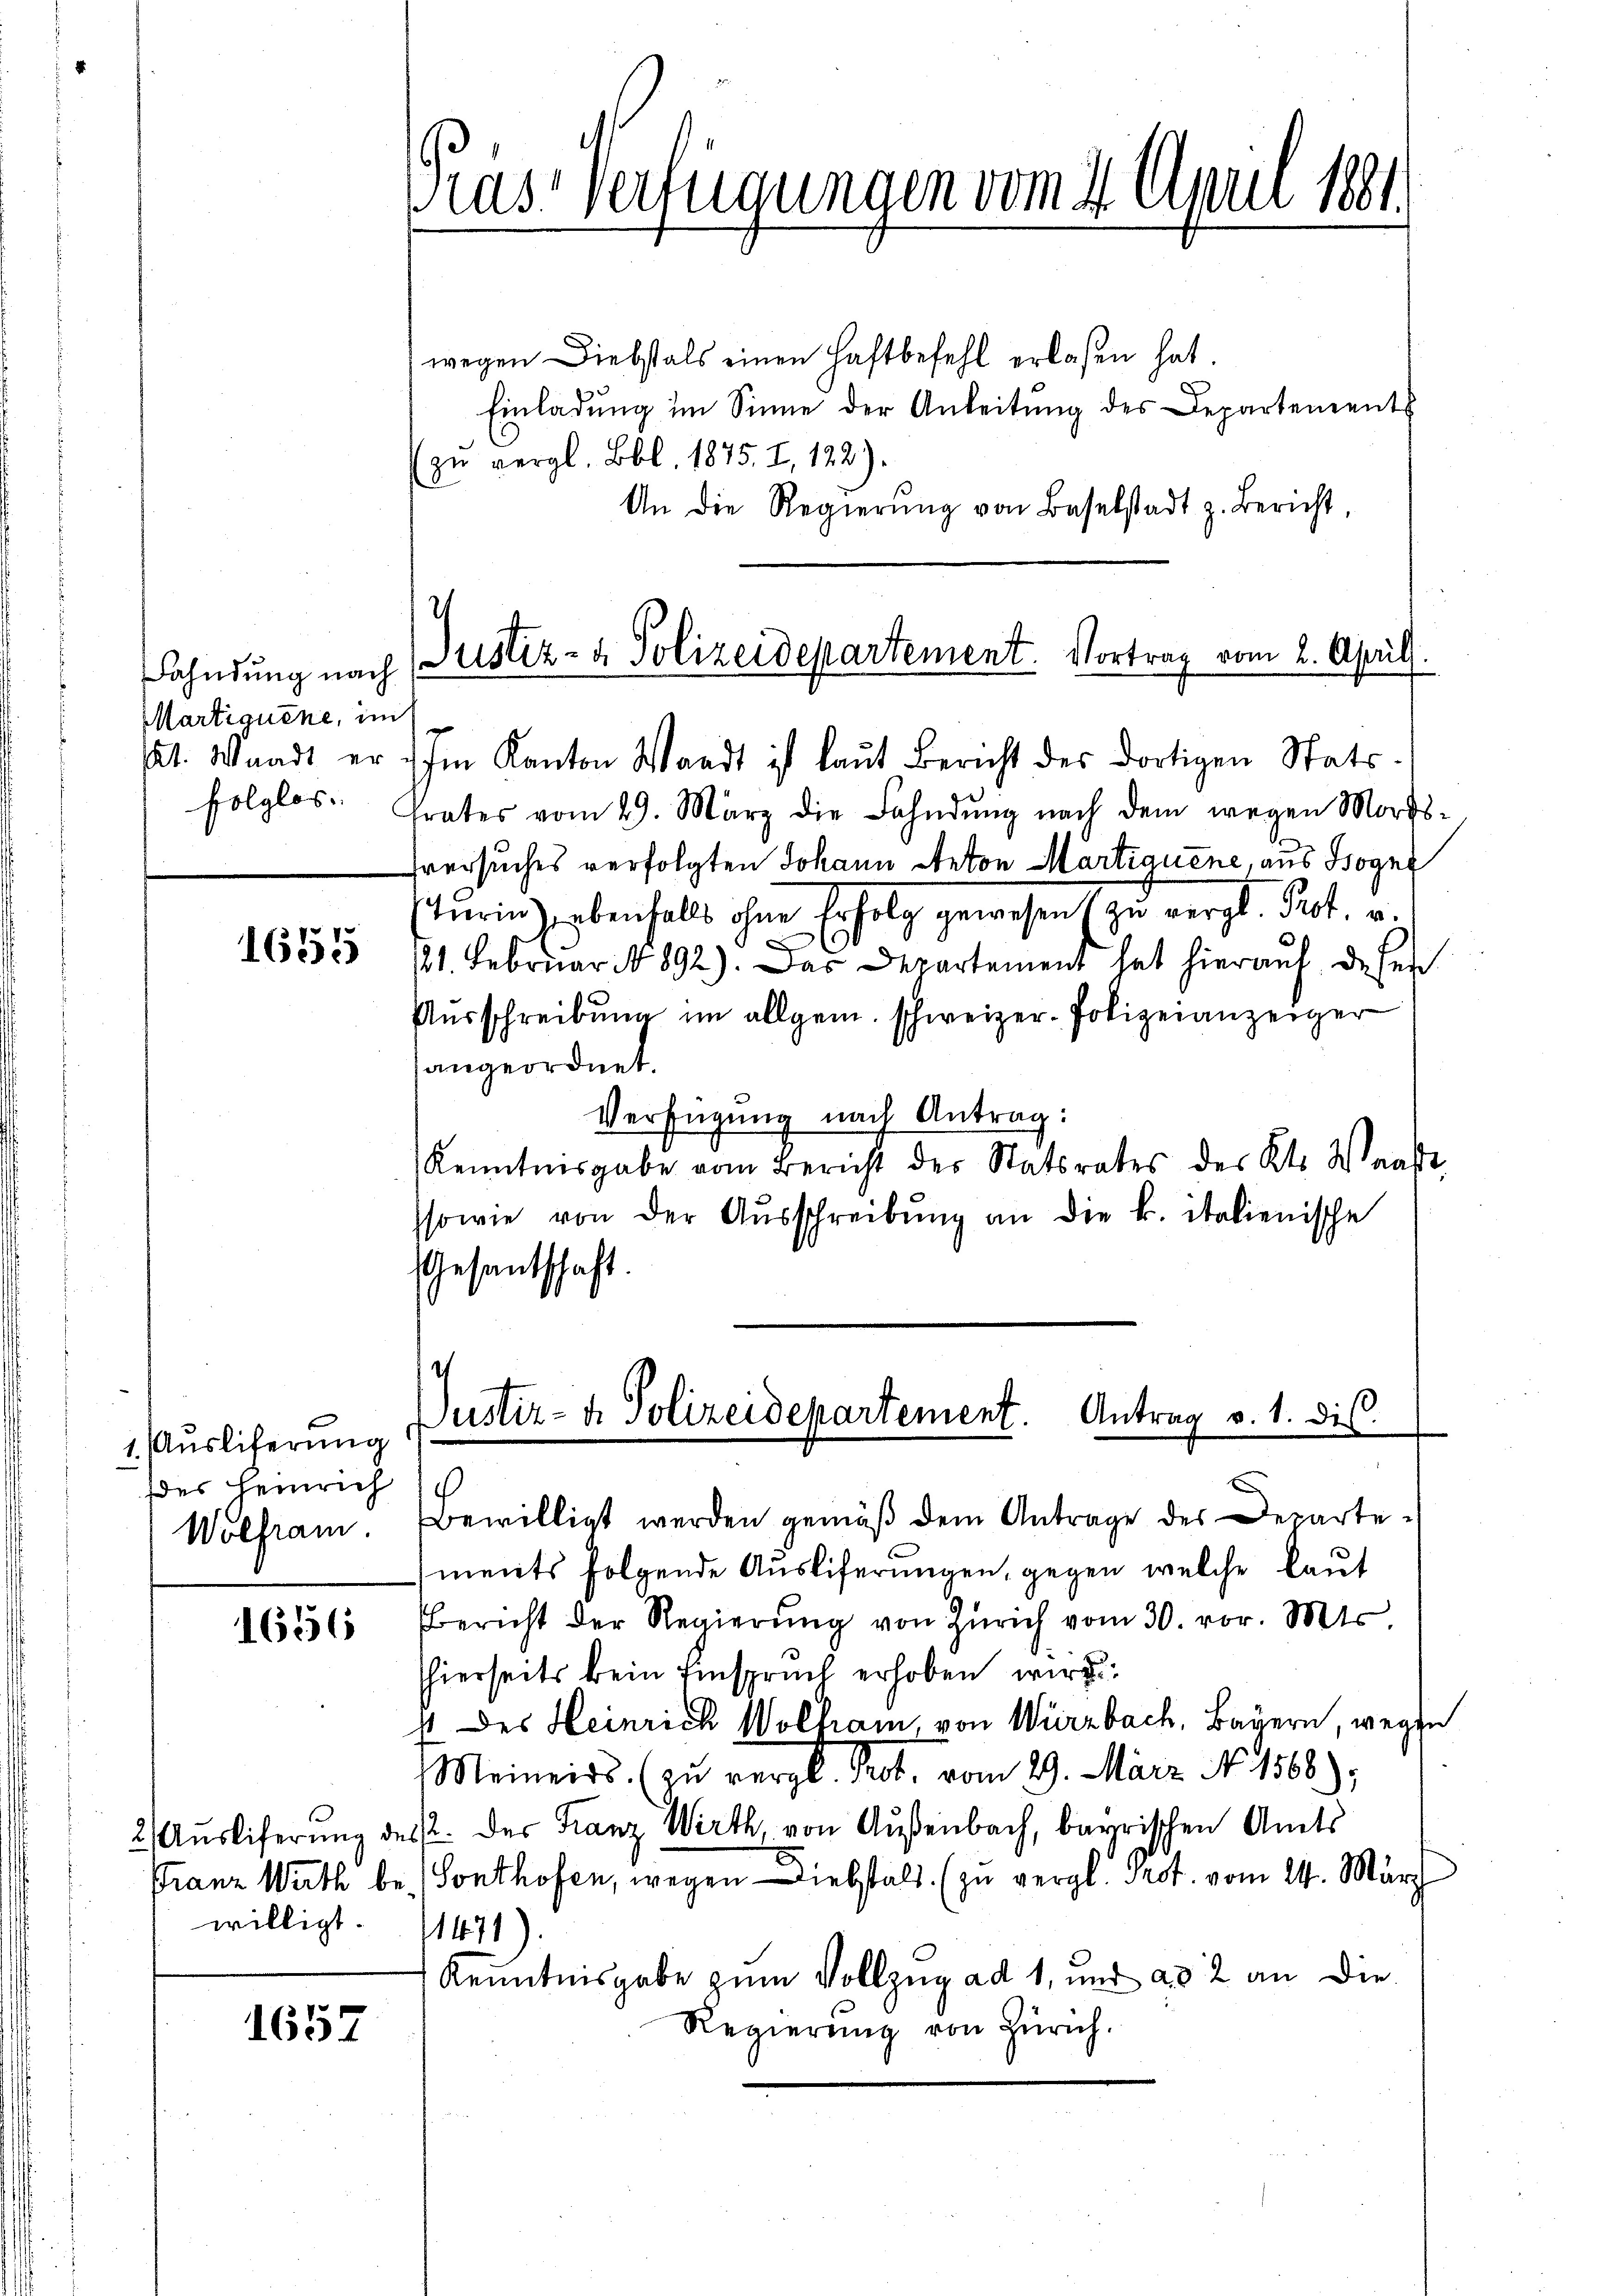
Fahndung nach
MMartiquene, im
folglos.

1655

1. Ausliferung
des Heinrich
Wolfram.

1656

willigt.

1657

Gras Verfügungen vom 4. April 1881.

wegen Diebstals einen Haftbefehl erlaßen hat
Einladŭng im Sinne der Anleitŭng des Departement
zu vergl. Bbl. 1875. I, 122).
An die Regierŭng von Baselstadt z. Bericht,

Justiz- & Polizeidepartement. Vortrag vom 2. Aprill.
kt. Waadt er im Kanton Waadt ist laŭt Bericht des dortigen Stats-

trates vom 29. März die Fahndŭng nach dem wegen Mords-
hversuches verfolgten Johann Anton Martiquene, aus Boge
turin zu ebenfalls ohne Erfolg gewesen zu vergl. Rect. v.
121. Februar No 892). Das Departement hat hieraŭf de sei
Aŭsschreibŭng im allgem. schweizer-Polizeianzeiger
angeordnet.
Verfügung nach Antrag:
Kenntnisgabe vom Bericht des Statsrates des Kts. Waadt,
ssowie von der Aŭsschreibŭng an die k. italienische
Gesantschaft.

Justiz- & Polizeidepartement. Antrag v. 1. die

Bewilligt werden gemäß dem Antrage des Departe u
ments folgende Ausliferungen, gegen welche laut
Bericht der Regierŭng von Zürich vom 30. vor. Mts.
shierseits kein Einspruch erhoben wird
4 des Heinrich Wolfram, von Würzbach, Bayern, wegen
Meiners. (zu vergl. Prot, vom 29. März No. 1568.);
2. Auslieferung des der Franz Wirth, von Außenbach, bayrischen Amts
Franz Wirth be- (Sonthofen, wegen Liebstalt. (zu vergl. Trot. vom 24. März
1471
Kenntnisgabe zum Vollzug ad 1, und ad 2 an die
Regierŭng von Zürich.